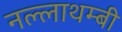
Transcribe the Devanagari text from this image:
नल्लाथम्बी